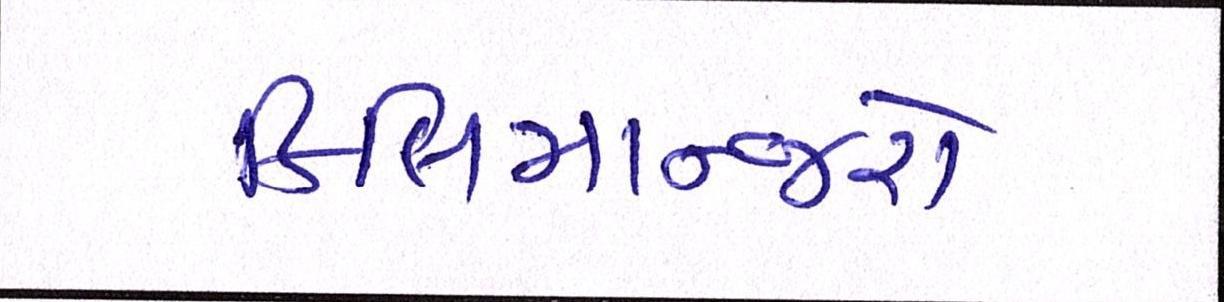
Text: કિલિમાન્જરો